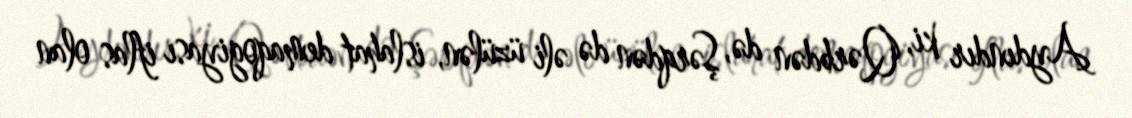
Aydındır ki, Qərbdən də, Şərqdən də əli üzülən, islahat demaqogiyası iflas olan